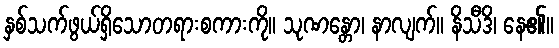
နှစ်သက်ဖွယ်ရှိသောတရားစကားကို။ သုဏန္တော၊ နာလျက်။ နိသီဒိ၊ နေ၏။